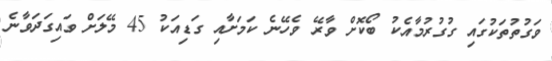
ވަގުތުތަކުގައި ގުގުރުމާއެކު ބޯކޮށް ވާރޭ ވެހޭނެ ކަމަށާއި ގަޑިއަކު 45 މޭލަށް ވައިގަދަވާނެ